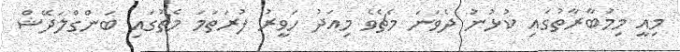
މިއީ މިމުބާރާތުގައި ކުޅުނު ދެވަނަ މެޗެވެ މިއަދު ހަވީރު ފުރަތަމަ މެޗުގައި ބަންގްލަދޭޝް